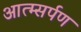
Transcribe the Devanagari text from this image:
आत्म्सर्पण